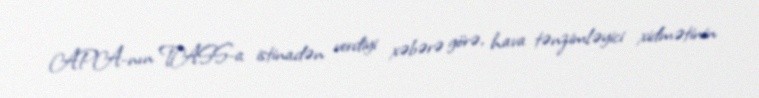
APA-nın TASS-a istinadən verdiyi xəbərə görə, hava tənzimləyici xidmətinin